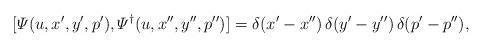
LaTeX: \begin{align*}[{\mit\Psi}(u,x',y',p'),{\mit\Psi}^\dagger(u,x'',y'',p'')]= \delta(x'-x'')\,\delta(y'-y'')\,\delta(p'-p''),\end{align*}